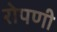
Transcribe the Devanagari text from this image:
रोपणी